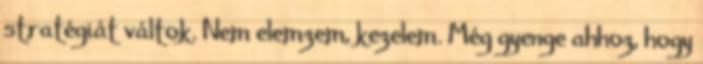
stratégiát váltok. Nem elemzem, kezelem. Még gyenge ahhoz, hogy